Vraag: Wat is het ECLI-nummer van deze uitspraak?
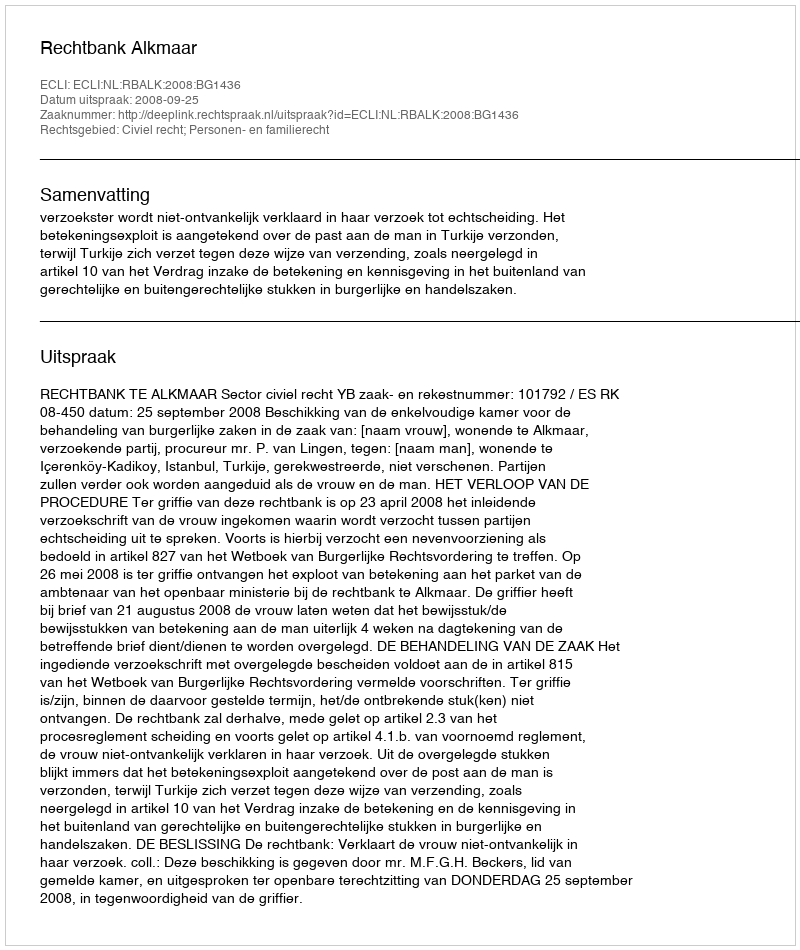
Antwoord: ECLI:NL:RBALK:2008:BG1436